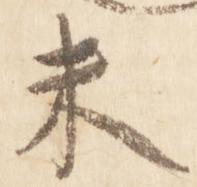
未